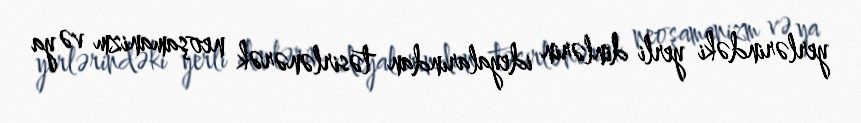
yerlərindəki yerli dinlərin ideyalarından təsirlənərək neoşamanizm və ya